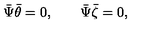
\bar { \Psi } \bar { \theta } = 0 , \qquad \bar { \Psi } \bar { \zeta } = 0 ,